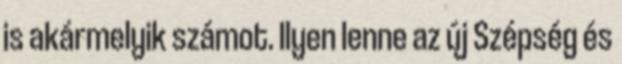
is akármelyik számot. Ilyen lenne az új Szépség és